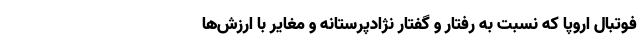
فوتبال اروپا که نسبت به رفتار و گفتار نژادپرستانه و مغایر با ارزش‌ها